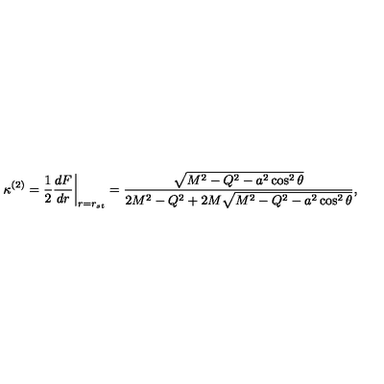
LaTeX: \left. \kappa ^ { ( 2 ) } = \frac { 1 } { 2 } \frac { d F } { d r } \right| _ { r = r _ { s t } } = \frac { \sqrt { M ^ { 2 } - Q ^ { 2 } - a ^ { 2 } \cos ^ { 2 } \theta } } { 2 M ^ { 2 } - Q ^ { 2 } + 2 M \sqrt { M ^ { 2 } - Q ^ { 2 } - a ^ { 2 } \cos ^ { 2 } \theta } } ,